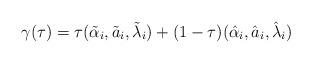
LaTeX: \begin{align*}\gamma(\tau)=\tau(\tilde\alpha_{i}, \tilde a_{i}, \tilde \lambda_{i})+(1-\tau)(\hat \alpha_{i}, \hat a_{i}, \hat \lambda_{i})\end{align*}